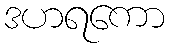
ဒဟရကော